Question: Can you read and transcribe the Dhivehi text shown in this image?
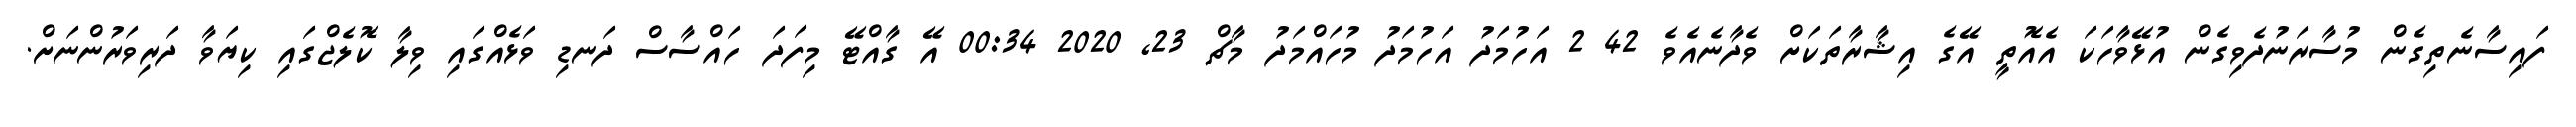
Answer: ފައިސާނެތިގެން މުސާރަނުދެވިގެން އުޅޭވާހަކަ އެއޮތީ އޭގެ އިޝާރާތަކަށް ވެދާނެއެވެ 42 2 އަހުމަދު އަހުމަދު މުހައްމަދު މާޗް 23, 2020 00:34 އޭ ގާއްޓޭ މިފަދަ ހައްސާސް ދަނޑި ވަޅެއްގައި ވިލާ ކޮލެޖްގައި ކިޔަވާ ދަރިވަރުންނަށް.